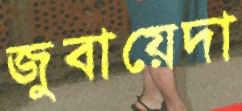
জুবায়েদা